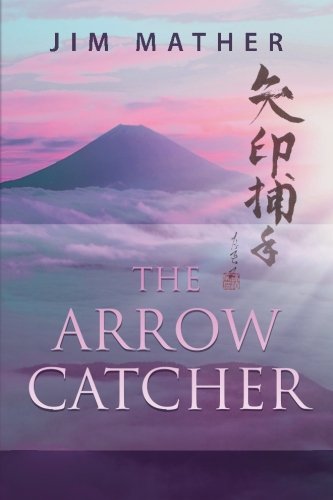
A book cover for The Arrow Catcher; Jim Mather; Literature & Fiction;